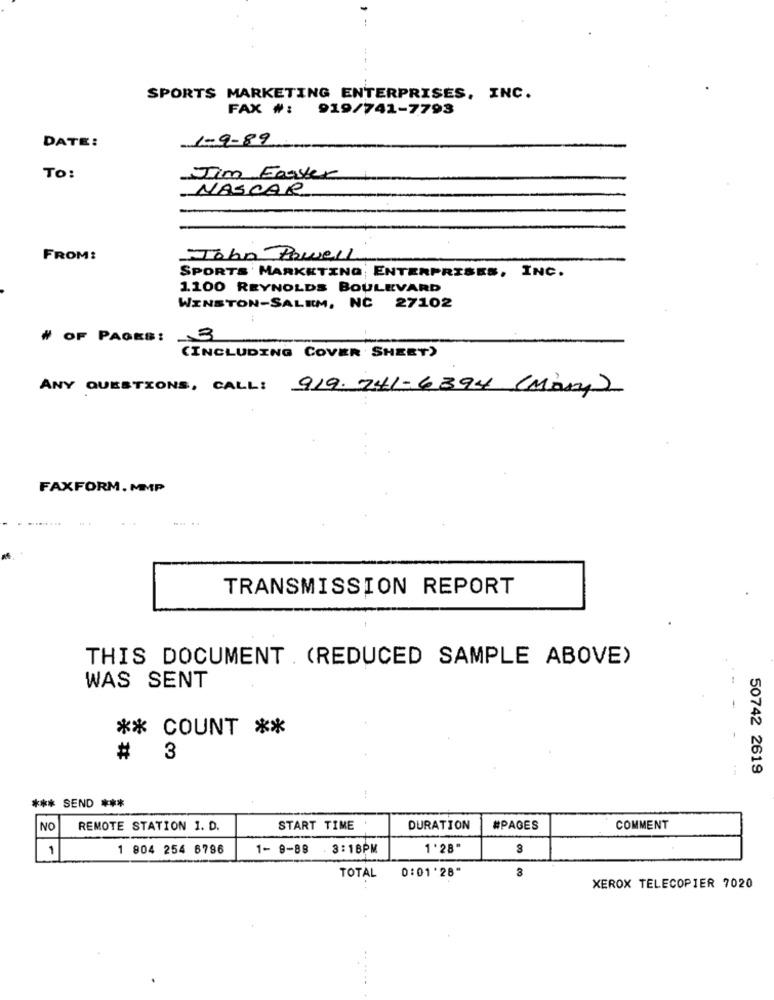
SPORTS MARKETING ENTERPRISES, INC.
FAX #: 919/741-7793
1-9-89
DATE:
To:
Jim Easter
NASCAR
FROM:
John Powell
SPORTS MARKETING; ENTERPRISES,
INC.
1.100 REYNOLDS BOULEVARD
WINSTON-SALEM, NC 27102
# OF PAOKS:
3
(INCLUDING COVER SHEET)
ANY QUESTIONS, CALL: 919.741-6394 (Mary)
FAXFORM. MMP
TRANSMISSION REPORT
THIS DOCUMENT . (REDUCED SAMPLE ABOVE)
WAS SENT
** COUNT **
# 3
50742 2619
*** SEND ***
!
NO
REMOTE STATION 1. D.
START TIME
DURATION
#PAGES
COMMENT
1
1 904 254 6786
1- 9-88
. 3:16PM
1 '28"
3
0:01'28"
TOTAL
XEROX TELECOPIER 7020